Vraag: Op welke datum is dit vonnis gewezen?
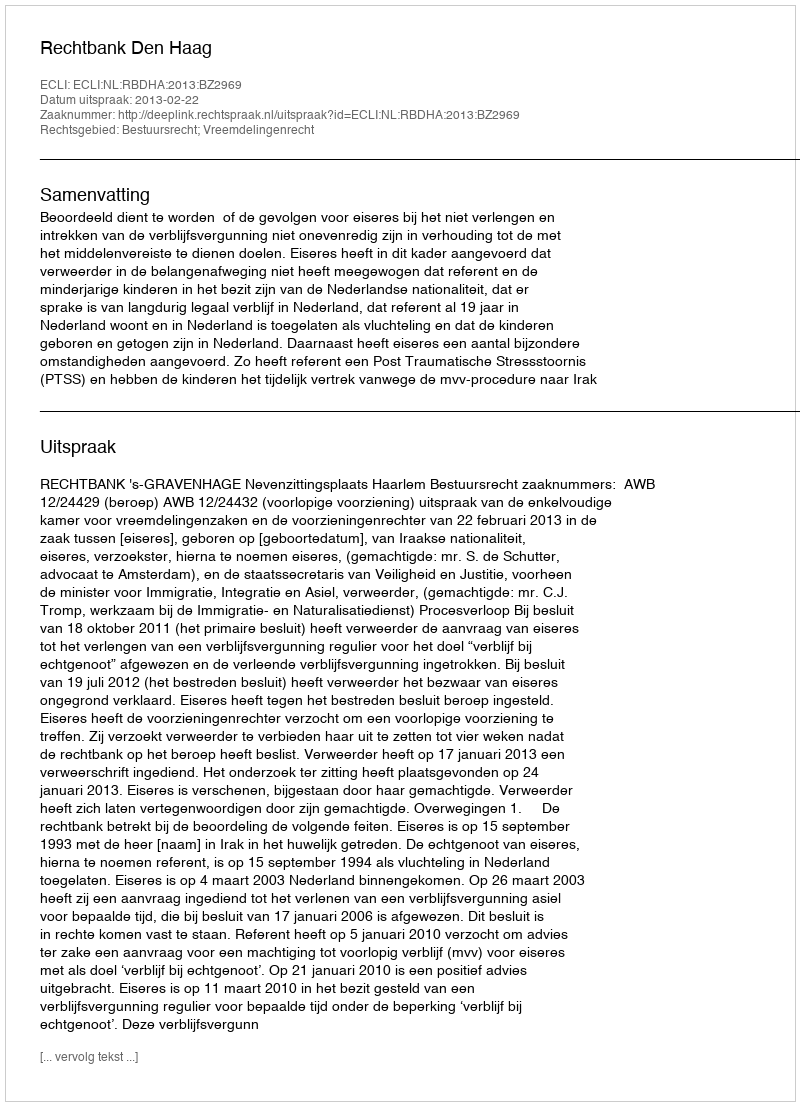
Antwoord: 2013-02-22